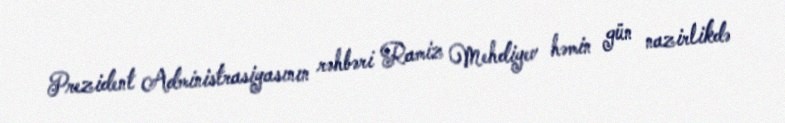
Prezident Administrasiyasının rəhbəri Ramiz Mehdiyev həmin gün nazirlikdə